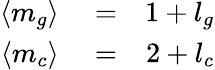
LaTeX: \begin{array}{rlr}{\langle m_{g}\rangle}&{{}=}&{1+l_{g}}\\ {\langle m_{c}\rangle}&{{}=}&{2+l_{c}}\end{array}